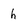
Character: h